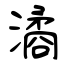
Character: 潏